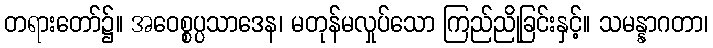
တရားတော်၌။ အဝေစ္စပ္ပသာဒေန၊ မတုန်မလှုပ်သော ကြည်ညိုခြင်းနှင့်။ သမန္နာဂတာ၊